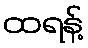
ထရန့်